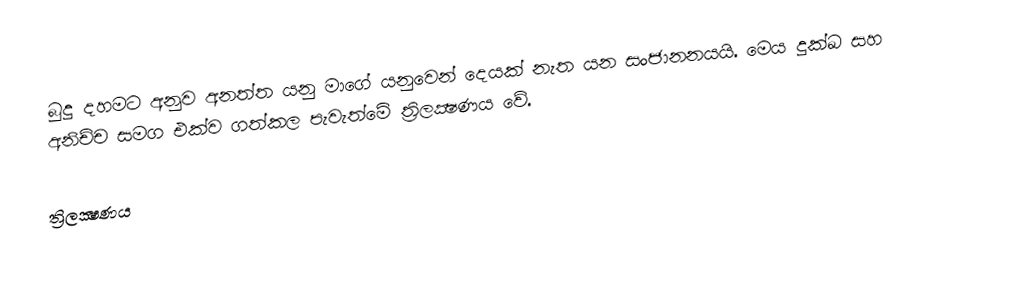
බුදු දහමට අනුව අනත්ත යනු මාගේ යනුවෙන් දෙයක් නැත යන සංජානනයයි. මෙය දුක්ඛ සහ අනිච්ච සමග එක්ව ගත්කල පැවැත්මේ ත්‍රිලක්‍ෂණය වේ.

ත්‍රිලක්‍ෂණය